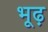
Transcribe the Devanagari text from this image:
भूढ़